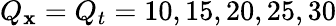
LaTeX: Q_{\mathbf{x}}=Q_{t}=10,15,20,25,30